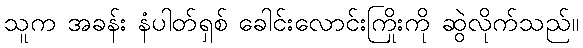
သူက အခန်း နံပါတ်ရှစ် ခေါင်းလောင်းကြိုးကို ဆွဲလိုက်သည်။